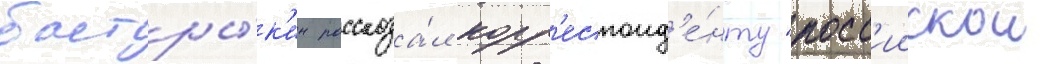
бастры́к'ин рассказа́л корр'еспонд'е́нту "росс'иискои